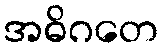
အဓိဂတေ